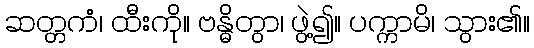
ဆတ္တကံ၊ ထီးကို။ ဗန္ဓိတွာ၊ ဖွဲ့၍။ ပက္ကာမိ၊ သွား၏။